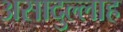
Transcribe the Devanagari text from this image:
असादुल्लाह